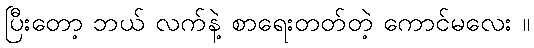
ပြီးတော့ ဘယ် လက်နဲ့ စာရေးတတ်တဲ့ ကောင်မလေး ။